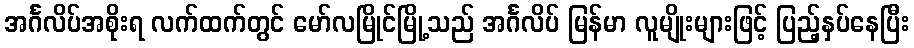
အင်္ဂလိပ်အစိုးရ လက်ထက်တွင် မော်လမြိုင်မြို့သည် အင်္ဂလိပ် မြန်မာ လူမျိုးများဖြင့် ပြည့်နှပ်နေပြီး